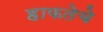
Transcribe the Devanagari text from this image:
हाफतेचे